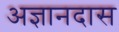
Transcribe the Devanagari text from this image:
अज्ञानदास